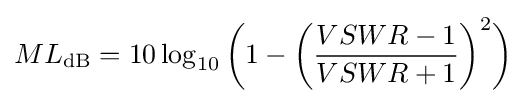
ML_{\mathrm {dB} }=10\log _{10}{\bigg (}1-{\bigg (}{\frac {VSWR-1}{VSWR+1}}{\bigg )}^{2}{\bigg )}